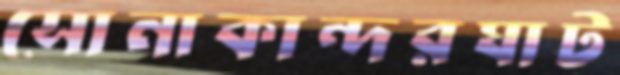
সোনাকান্দরঘাট